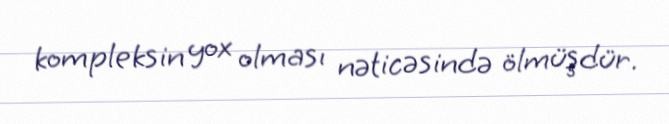
kompleksin yox olması nəticəsində ölmüşdür.